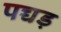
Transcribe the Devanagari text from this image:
पच्चड़